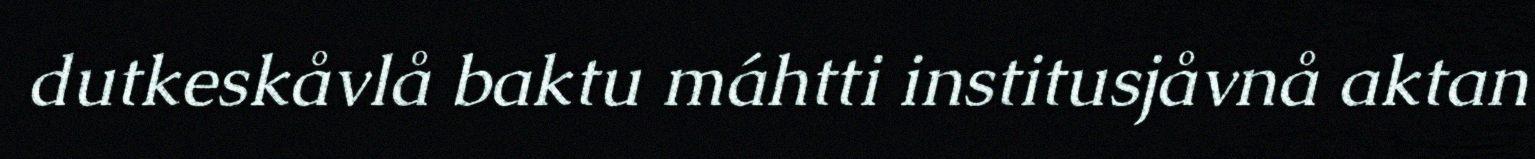
dutkeskåvlå baktu máhtti institusjåvnå aktan